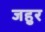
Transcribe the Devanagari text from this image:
जहुर